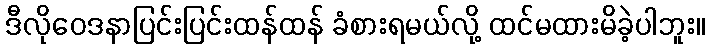
ဒီလိုဝေဒနာပြင်းပြင်းထန်ထန် ခံစားရမယ်လို့ ထင်မထားမိခဲ့ပါဘူး။